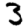
Digit: 3